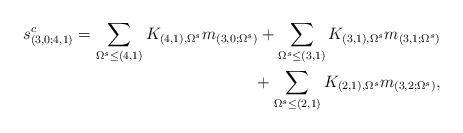
LaTeX: \begin{align*}s^c_{(3,0;4,1)}=\sum\limits_{\Omega^s\leq (4,1)} K_{(4,1),\Omega^s} m_{(3,0;\Omega^s)}+\sum\limits_{\Omega^s\leq(3,1)} K_{(3,1),\Omega^s} m_{(3,1;\Omega^s)}\\\phantom{s^c_{(3,0;4,1)}=}{}+\sum\limits_{\Omega^s\leq (2,1)} K_{(2,1),\Omega^s} m_{(3,2;\Omega^s)},\end{align*}